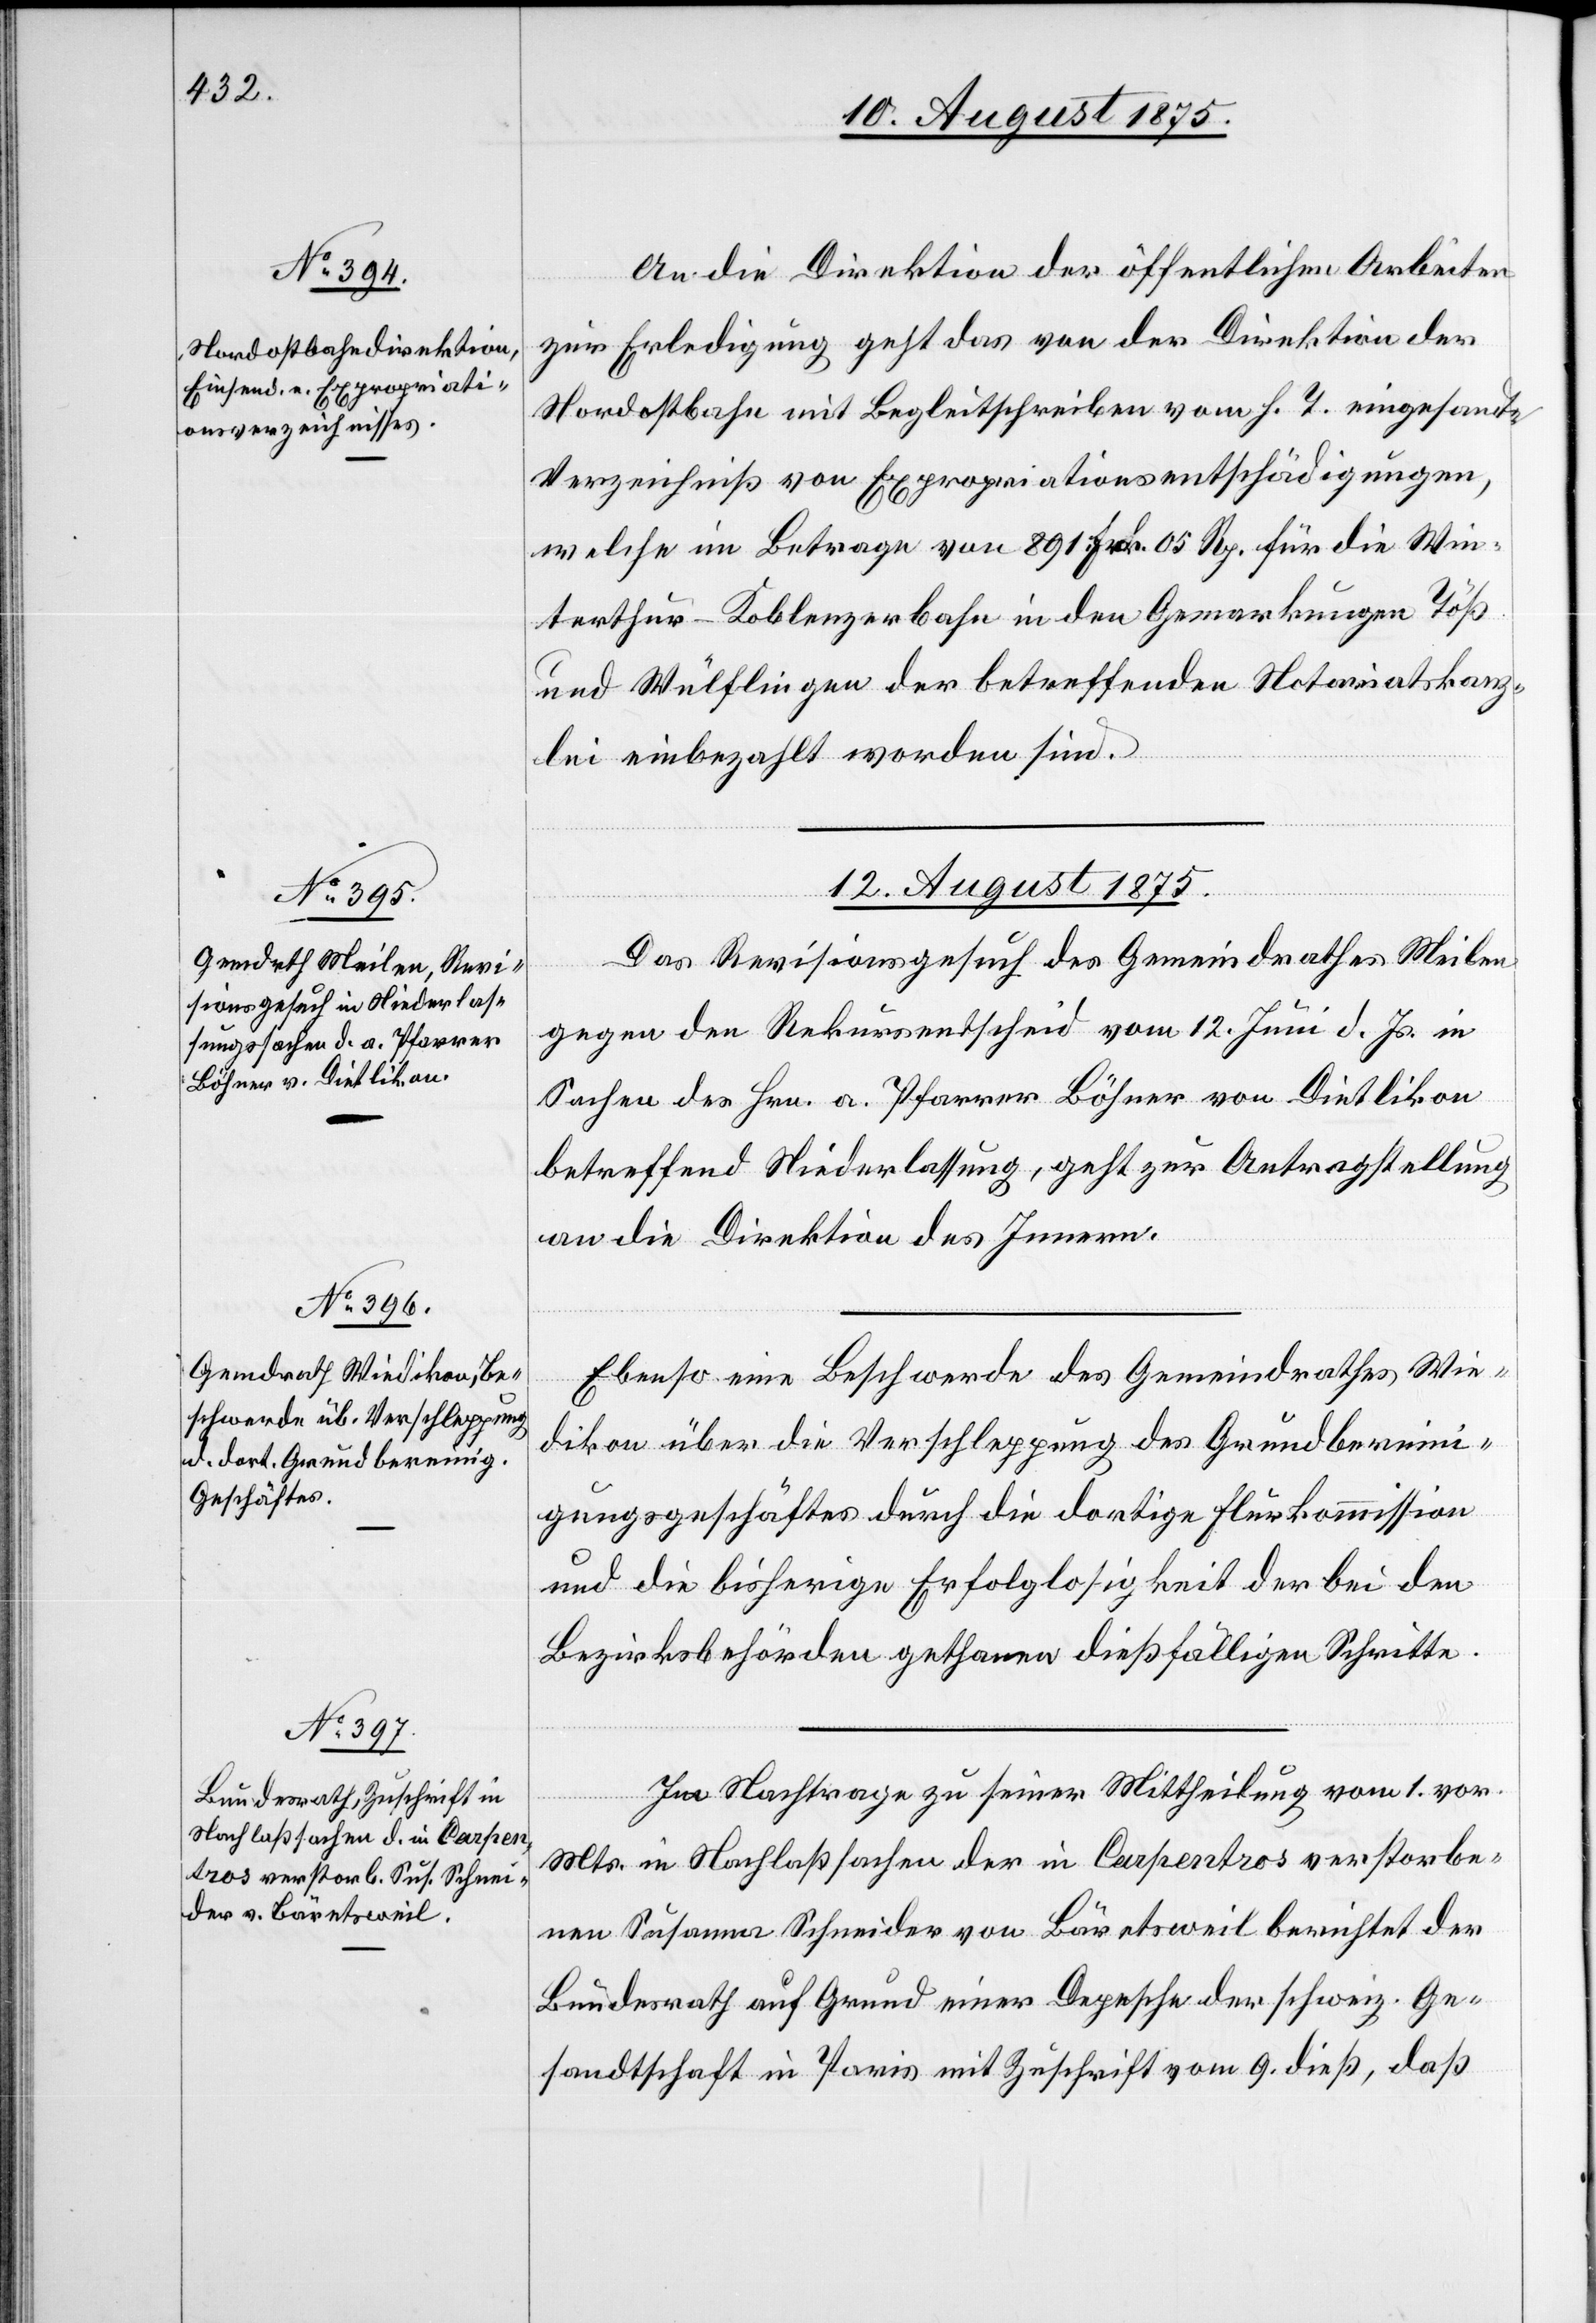
10. August 1875.]
An die Direktion der öffentlichen Arbeiten
zur Erledigung geht das von der Direktion der
Nordostbahn mit Begleitschreiben vom h. T. eingesandte
Verzeichniß von Expropriationsentschädigungen,
welche im Betrage von 891 Frk. 05 Rp. für die Win¬
terthur-Koblenzerbahn in den Gemarkungen Töß
und Wülflingen der betreffenden Notariatskanz¬
lei einbezahlt worden sind.
12. August 1875.]
Das Revisionsgesuch des Gemeindrathes Meilen
gegen den Rekursentscheid vom 12. Juni d. Js. in
Sachen des Hrn. a. Pfarrer Böhner von Dietlikon
betreffend Niederlassung, geht zur Antragstellung
an die Direktion des Innern.
Ebenso eine Beschwerde des Gemeindrathes Wie¬
dikon über die Verschleppung des Grundberein¬
igungsgeschäftes durch die dortige Flurkommission
und die bisherige Erfolglosigkeit der bei den
Bezirksbehörden gethanen dießfälligen Schritte.
Im Nachtrage zu seiner Mittheilung vom 1. vor.
Mts. in Nachlaßsachen der in Carpentros verstorbe¬
nen Susanna Schneider von Bäretsweil berichtet der
Bundesrath auf Grund einer Depesche der schweiz. Ge¬
sandtschaft in Paris mit Zuschrift vom 9. dieß, daß